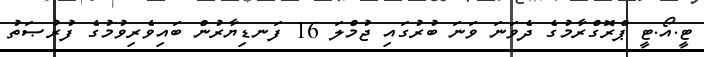
ޓީ.އޯ.ޓީ ޕްރޮގްރާމުގެ ދެވަނަ ވަނަ ބުރުގައި ޖުމްލަ 16 ފަނޑިޔާރުން ބައިވެރިވުމުގެ ފުރުޞަތު